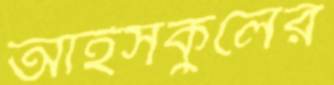
আইসকুলের